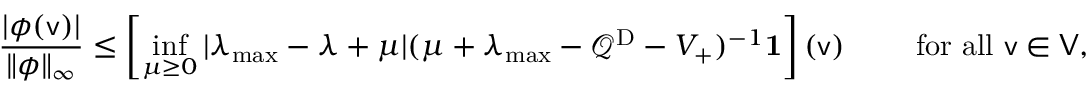
\frac { | \phi ( \mathsf { v } ) | } { \| \phi \| _ { \infty } } \le \left[ \operatorname* { i n f } _ { \mu \ge 0 } | \lambda _ { \operatorname* { m a x } } - \lambda + \mu | ( \mu + \lambda _ { \operatorname* { m a x } } - \mathcal Q ^ { \mathrm { D } } - V _ { + } ) ^ { - 1 } \mathbf 1 \right] ( \mathsf { v } ) \qquad \mathrm { ~ f o r ~ a l l ~ } \mathsf { v } \in \mathsf { V } ,